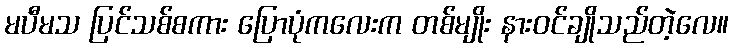
မပီမသ ပြင်သစ်စကား ပြောပုံကလေးက တစ်မျိုး နားဝင်ချိုသည်တဲ့လေ။